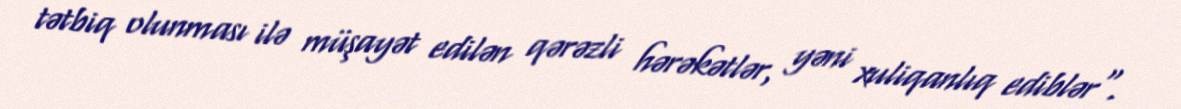
tətbiq olunması ilə müşayət edilən qərəzli hərəkətlər, yəni xuliqanlıq ediblər".